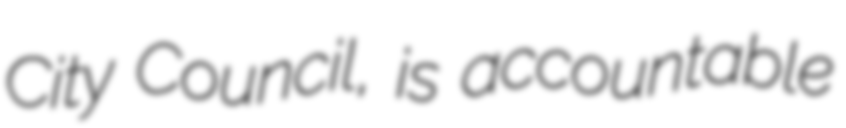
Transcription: City Council, is accountable